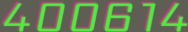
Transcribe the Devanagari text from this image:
४००६१४